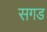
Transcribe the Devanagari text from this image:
सगड